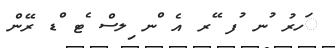
ަހރު ުނ ުފ ޭރ އެ ްނ ިލސް ެޓ ްޑ ރޭން